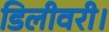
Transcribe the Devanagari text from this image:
डिलीवरी।